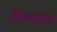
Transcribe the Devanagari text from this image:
मिशनऱ्यांशी